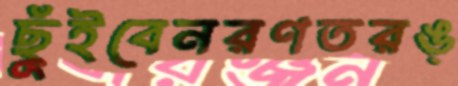
ছুঁইবেনরণতরঙ্